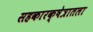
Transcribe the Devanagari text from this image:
सहकारक्षेत्रातला